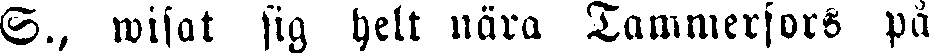
S., wisat sig helt nära Tammerfors på